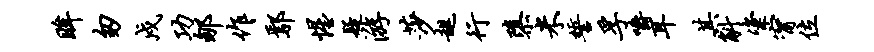
眸匆戍功郇作鄢惺疑游莎趄行隳米誓孚嚼耳其斛粢甯位